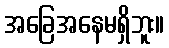
အခြေအနေမရှိဘူး။